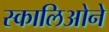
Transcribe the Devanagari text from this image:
स्कालिओने